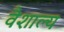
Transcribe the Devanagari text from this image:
वैशाल्य